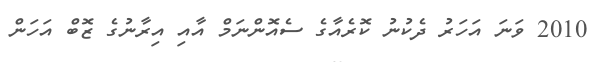
2010 ވަނަ އަހަރު ދެކުނު ކޮރެއާގެ ސެއޮންނަމް އާއި އިރާނުގެ ޒޮބް އަހަން